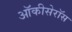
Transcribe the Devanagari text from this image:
ऑकीसेरॉस